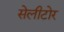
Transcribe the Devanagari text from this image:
सेलीटोर